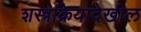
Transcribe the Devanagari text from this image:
शस्त्रक्रियादेखील